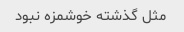
مثل گذشته خوشمزه نبود